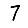
Digit: 7